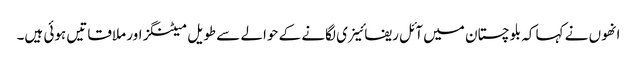
انھوں نے کہا کہ بلوچستان میں آئل ریفائینری لگانے کے حوالے سے طویل میٹنگز اور ملاقاتیں ہوئی ہیں۔